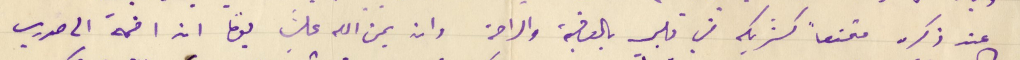
عند ذكره مقنعاً كشريك في قلبي بالعافية والراحة وان يمن الله عليَ يومًا ان اضمه الى صدري